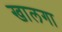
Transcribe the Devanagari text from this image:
खालगा